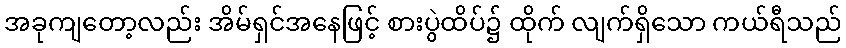
အခုကျတော့လည်း အိမ်ရှင်အနေဖြင့် စားပွဲထိပ်၌ ထိုက် လျက်ရှိသော ကယ်ရီသည်